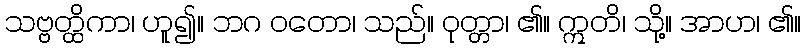
သဗ္ဗတ္ထိကာ၊ ဟူ၍။ ဘဂ ဝတော၊ သည်။ ဝုတ္တာ၊ ၏။ ဣတိ၊ သို့။ အာဟ၊ ၏။